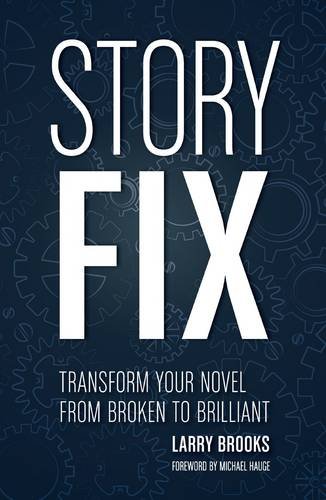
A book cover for Story Fix: Transform Your Novel from Broken to Brilliant; Larry Brooks; Reference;